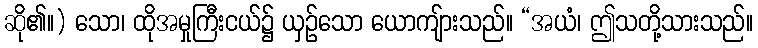
ဆို၏။) သော၊ ထိုအမှုကြီးငယ်၌ ယှဉ်သော ယောကျ်ားသည်။ “အယံ၊ ဤသတို့သားသည်။